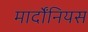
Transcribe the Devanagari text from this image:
मार्दोंनियस